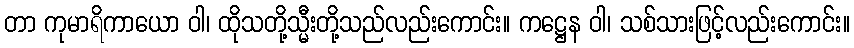
တာ ကုမာရိကာယော ဝါ၊ ထိုသတို့သ္မီးတို့သည်လည်းကောင်း။ ကဋ္ဌေန ဝါ၊ သစ်သားဖြင့်လည်းကောင်း။